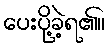
ပေးပို့ခဲ့ရ၏။